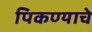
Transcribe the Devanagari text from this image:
पिकण्याचे